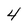
Character: 4